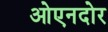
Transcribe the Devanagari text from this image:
ओएनदोर